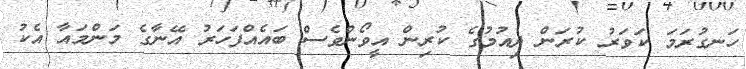
ހަނގުރަމަ ކަވަރު ކުރަން ދިއުމުގެ ކުރިން އީވޯންވެސް ބައެއްފަހަރު އޭނާގެ މަންމައާ އެކު